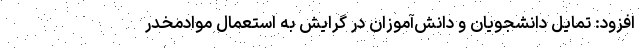
افزود: تمایل دانشجویان و دانش‌آموزان در گرایش به استعمال موادمخدر